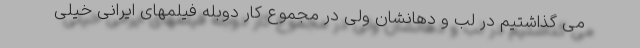
مى گذاشتيم در لب و دهانشان ولى در مجموع كار دوبله فيلمهاى ايرانى خيلى